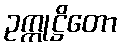
ဥက္ကုဋ္ဌိတော